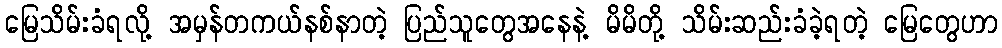
မြေသိမ်းခံရလို့ အမှန်တကယ်နစ်နာတဲ့ ပြည်သူတွေအနေနဲ့ မိမိတို့ သိမ်းဆည်းခံခဲ့ရတဲ့ မြေတွေဟာ